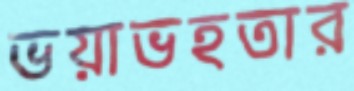
ভয়াভহতার